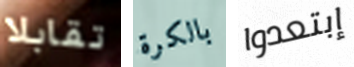
تقابلا بالكرة إبتعدوا